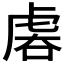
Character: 𧆱